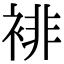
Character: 裶